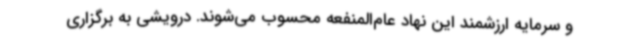
و سرمایه ارزشمند این نهاد عام‌المنفعه محسوب می‌شوند. درویشی به برگزاری